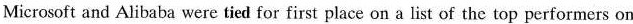
Microsoft and Alibaba were tied for first place on a list of the top performers on